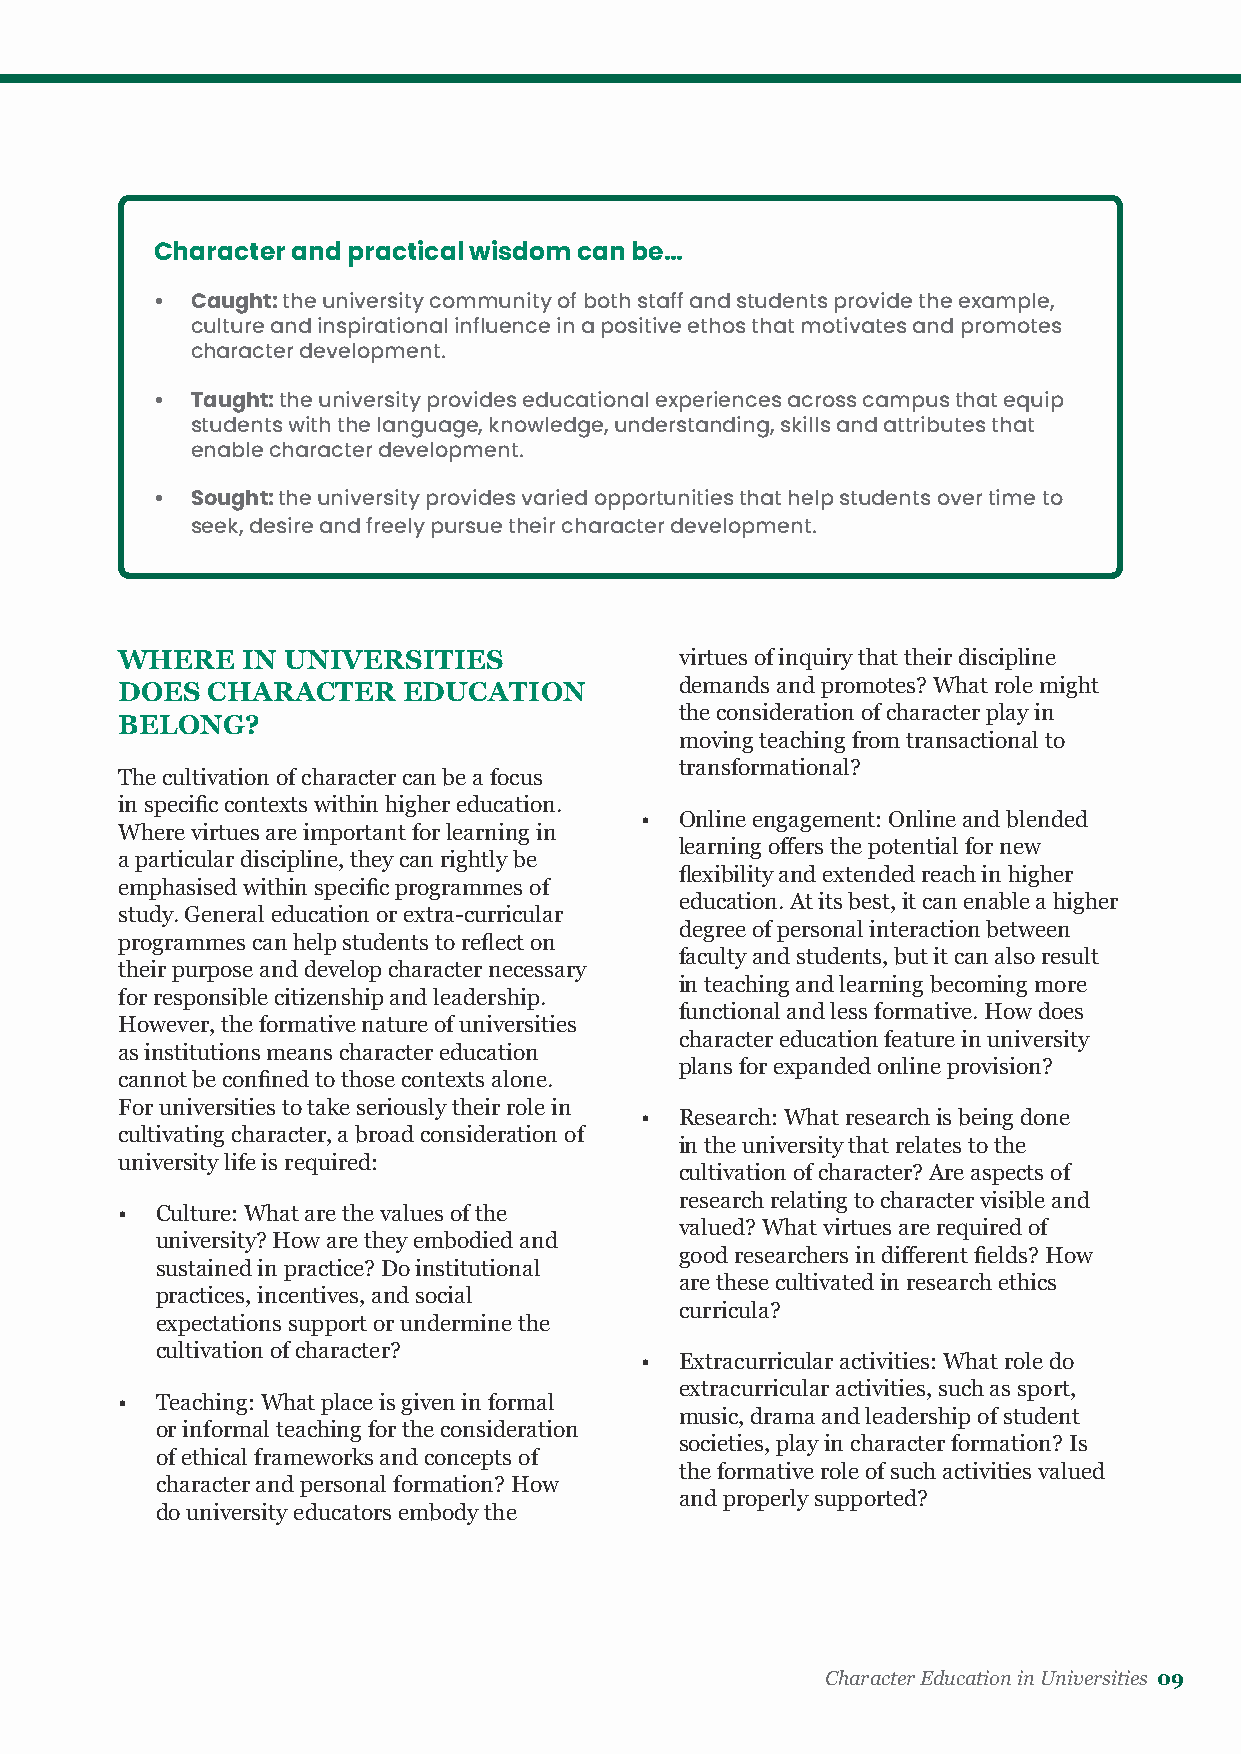
Character and practical wisdom can be…
 •  Caught: the university community of both staff and students provide the example,
 culture and inspirational influence in a positive ethos that motivates and promotes
 character development.
 •  Taught: the university provides educational experiences across campus that equip
 students with the language, knowledge, understanding, skills and attributes that
 enable character development.
 •  Sought: the university provides varied opportunities that help students over time to
 seek, desire and freely pursue their character development.
 WHERE   IN UNIVERSITIES              virtues of inquiry that their discipline
 DOES  CHARACTER    EDUCATION         demands and promotes? What role might
 the consideration of character play in
 BELONG?
 moving teaching from transactional to
 transformational?
 The cultivation of character can be a focus
 in specific contexts within higher education.
 •  Online engagement: Online and blended
 Where virtues are important for learning in
 learning offers the potential for new
 a particular discipline, they can rightly be
 flexibility and extended reach in higher
 emphasised within specific programmes of
 education. At its best, it can enable a higher
 study. General education or extra-curricular
 degree of personal interaction between
 programmes can help students to reflect on
 faculty and students, but it can also result
 their purpose and develop character necessary
 in teaching and learning becoming more
 for responsible citizenship and leadership.
 functional and less formative. How does
 However, the formative nature of universities
 character education feature in university
 as institutions means character education
 plans for expanded online provision?
 cannot be confined to those contexts alone.
 For universities to take seriously their role in
 •  Research: What research is being done
 cultivating character, a broad consideration of
 in the university that relates to the
 university life is required:
 cultivation of character? Are aspects of
 research relating to character visible and
 • Culture: What are the values of the
 valued? What virtues are required of
 university? How are they embodied and
 good researchers in different fields? How
 sustained in practice? Do institutional
 are these cultivated in research ethics
 practices, incentives, and social
 curricula?
 expectations support or undermine the
 cultivation of character?
 •  Extracurricular activities: What role do
 extracurricular activities, such as sport,
 • Teaching: What place is given in formal
 music, drama and leadership of student
 or informal teaching for the consideration
 societies, play in character formation? Is
 of ethical frameworks and concepts of
 the formative role of such activities valued
 character and personal formation? How
 and properly supported?
 do university educators embody the
 Character Education in Universities 09